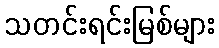
သတင်းရင်းမြစ်များ